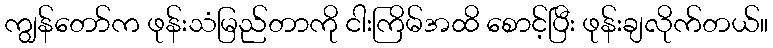
ကျွန်တော်က ဖုန်းသံမြည်တာကို ငါးကြိမ်အထိ စောင့်ပြီး ဖုန်းချလိုက်တယ်။